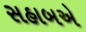
સહાબએ